Indian Medical Review
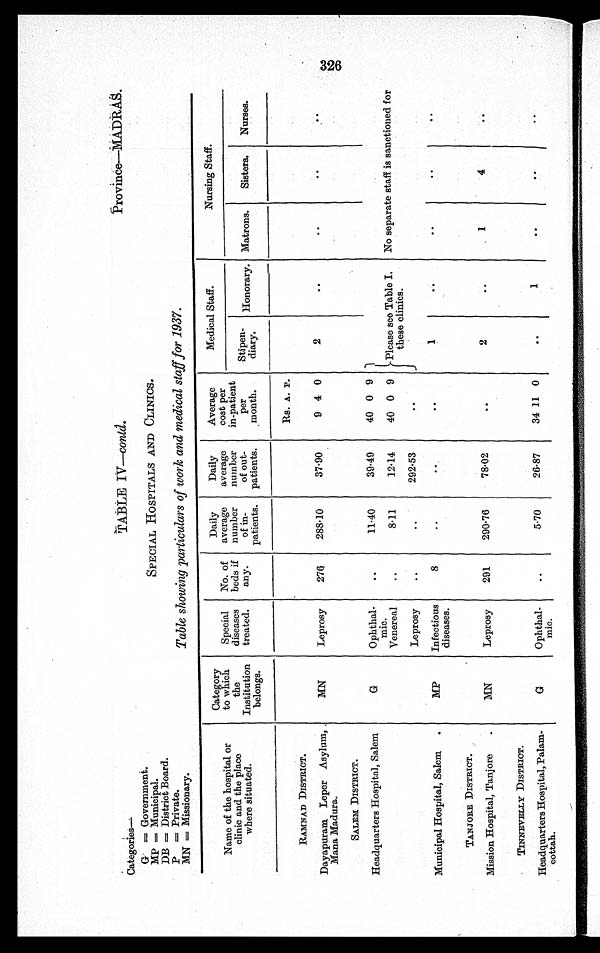
Categories-.=
TABLE IV—contd.
Province—MADRAS.
G = Government.
MP = Municipal.
DB = District Board.
SPECIAL HOSPITALS AND CLINICS.
P = Private.
MN = Missionary.
Table showing particulars of work and medical staff for 1937.
Name of the hospital or
clinic and the place
where situated.
Category
to which
the
Institution
belongs.
Special
diseases
treated.
No. of
beds if
any.
Daily
average
number
of in-
patients.
Daily
average
number
of out-
patients.
Average
cost per
in-patient
per
month.
Medical Staff.
Nursing Staff.
Stipen-
diary.
Honorary. Matrons.
Sisters.
Nurses.
Rs. A. P.
RAMNAD DISTRICT.
Dayapuram Leper Asylum,
Mana Madura.
MN
Leprosy
276
288·10
37·90
9 4 0
2
..
..
. .
..
SALEM DISTRICT.
Headquarters Hospital, Salem
G
Ophthal-
mic.
Venereal
..
11·40
39·49
40 0 9
Please see Table I.
these clinics.
No separate staff is sanctioned for
..
8·11
12·14
40 0 9
Leprosy
..
..
292·53
..
Municipal Hospital, Salem
MP
Infectious
diseases.
8
..
..
..
. .
. .
. .
. .
TANJORE DISTRICT.
Mission Hospital, Tanjore.
MN
Leprosy
291
290·76
78·02
.. ..
2
. .
1
4
. .
TINNEVELLY DISTRICT.
Headquarters Hospital, Palam-
cottah.
G
Ophthal-
naic.
..
5·70
26·87
34 11 0
. .
1
..
. .
..
326